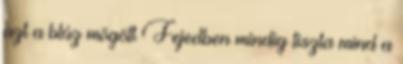
azt a blúz mögött Fejedben mindig tiszta mind a